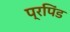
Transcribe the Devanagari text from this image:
प्रपिंड